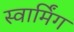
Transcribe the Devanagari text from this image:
स्वार्मिंग